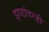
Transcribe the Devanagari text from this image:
झाडांवरही